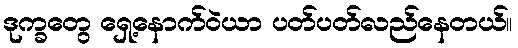
ဒုက္ခတွေ ရှေ့နောက်ဝဲယာ ပတ်ပတ်လည်နေတယ်။